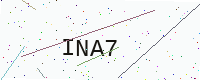
Text: INA7